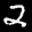
Label: 2